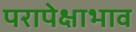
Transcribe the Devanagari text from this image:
परापेक्षाभाव